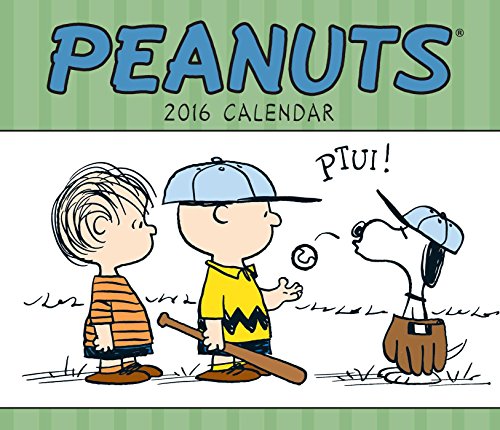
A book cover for Peanuts 2016 Weekly Planner Calendar; Peanuts Worldwide LLC; Calendars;